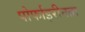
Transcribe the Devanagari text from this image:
पोर्फाइरीनता